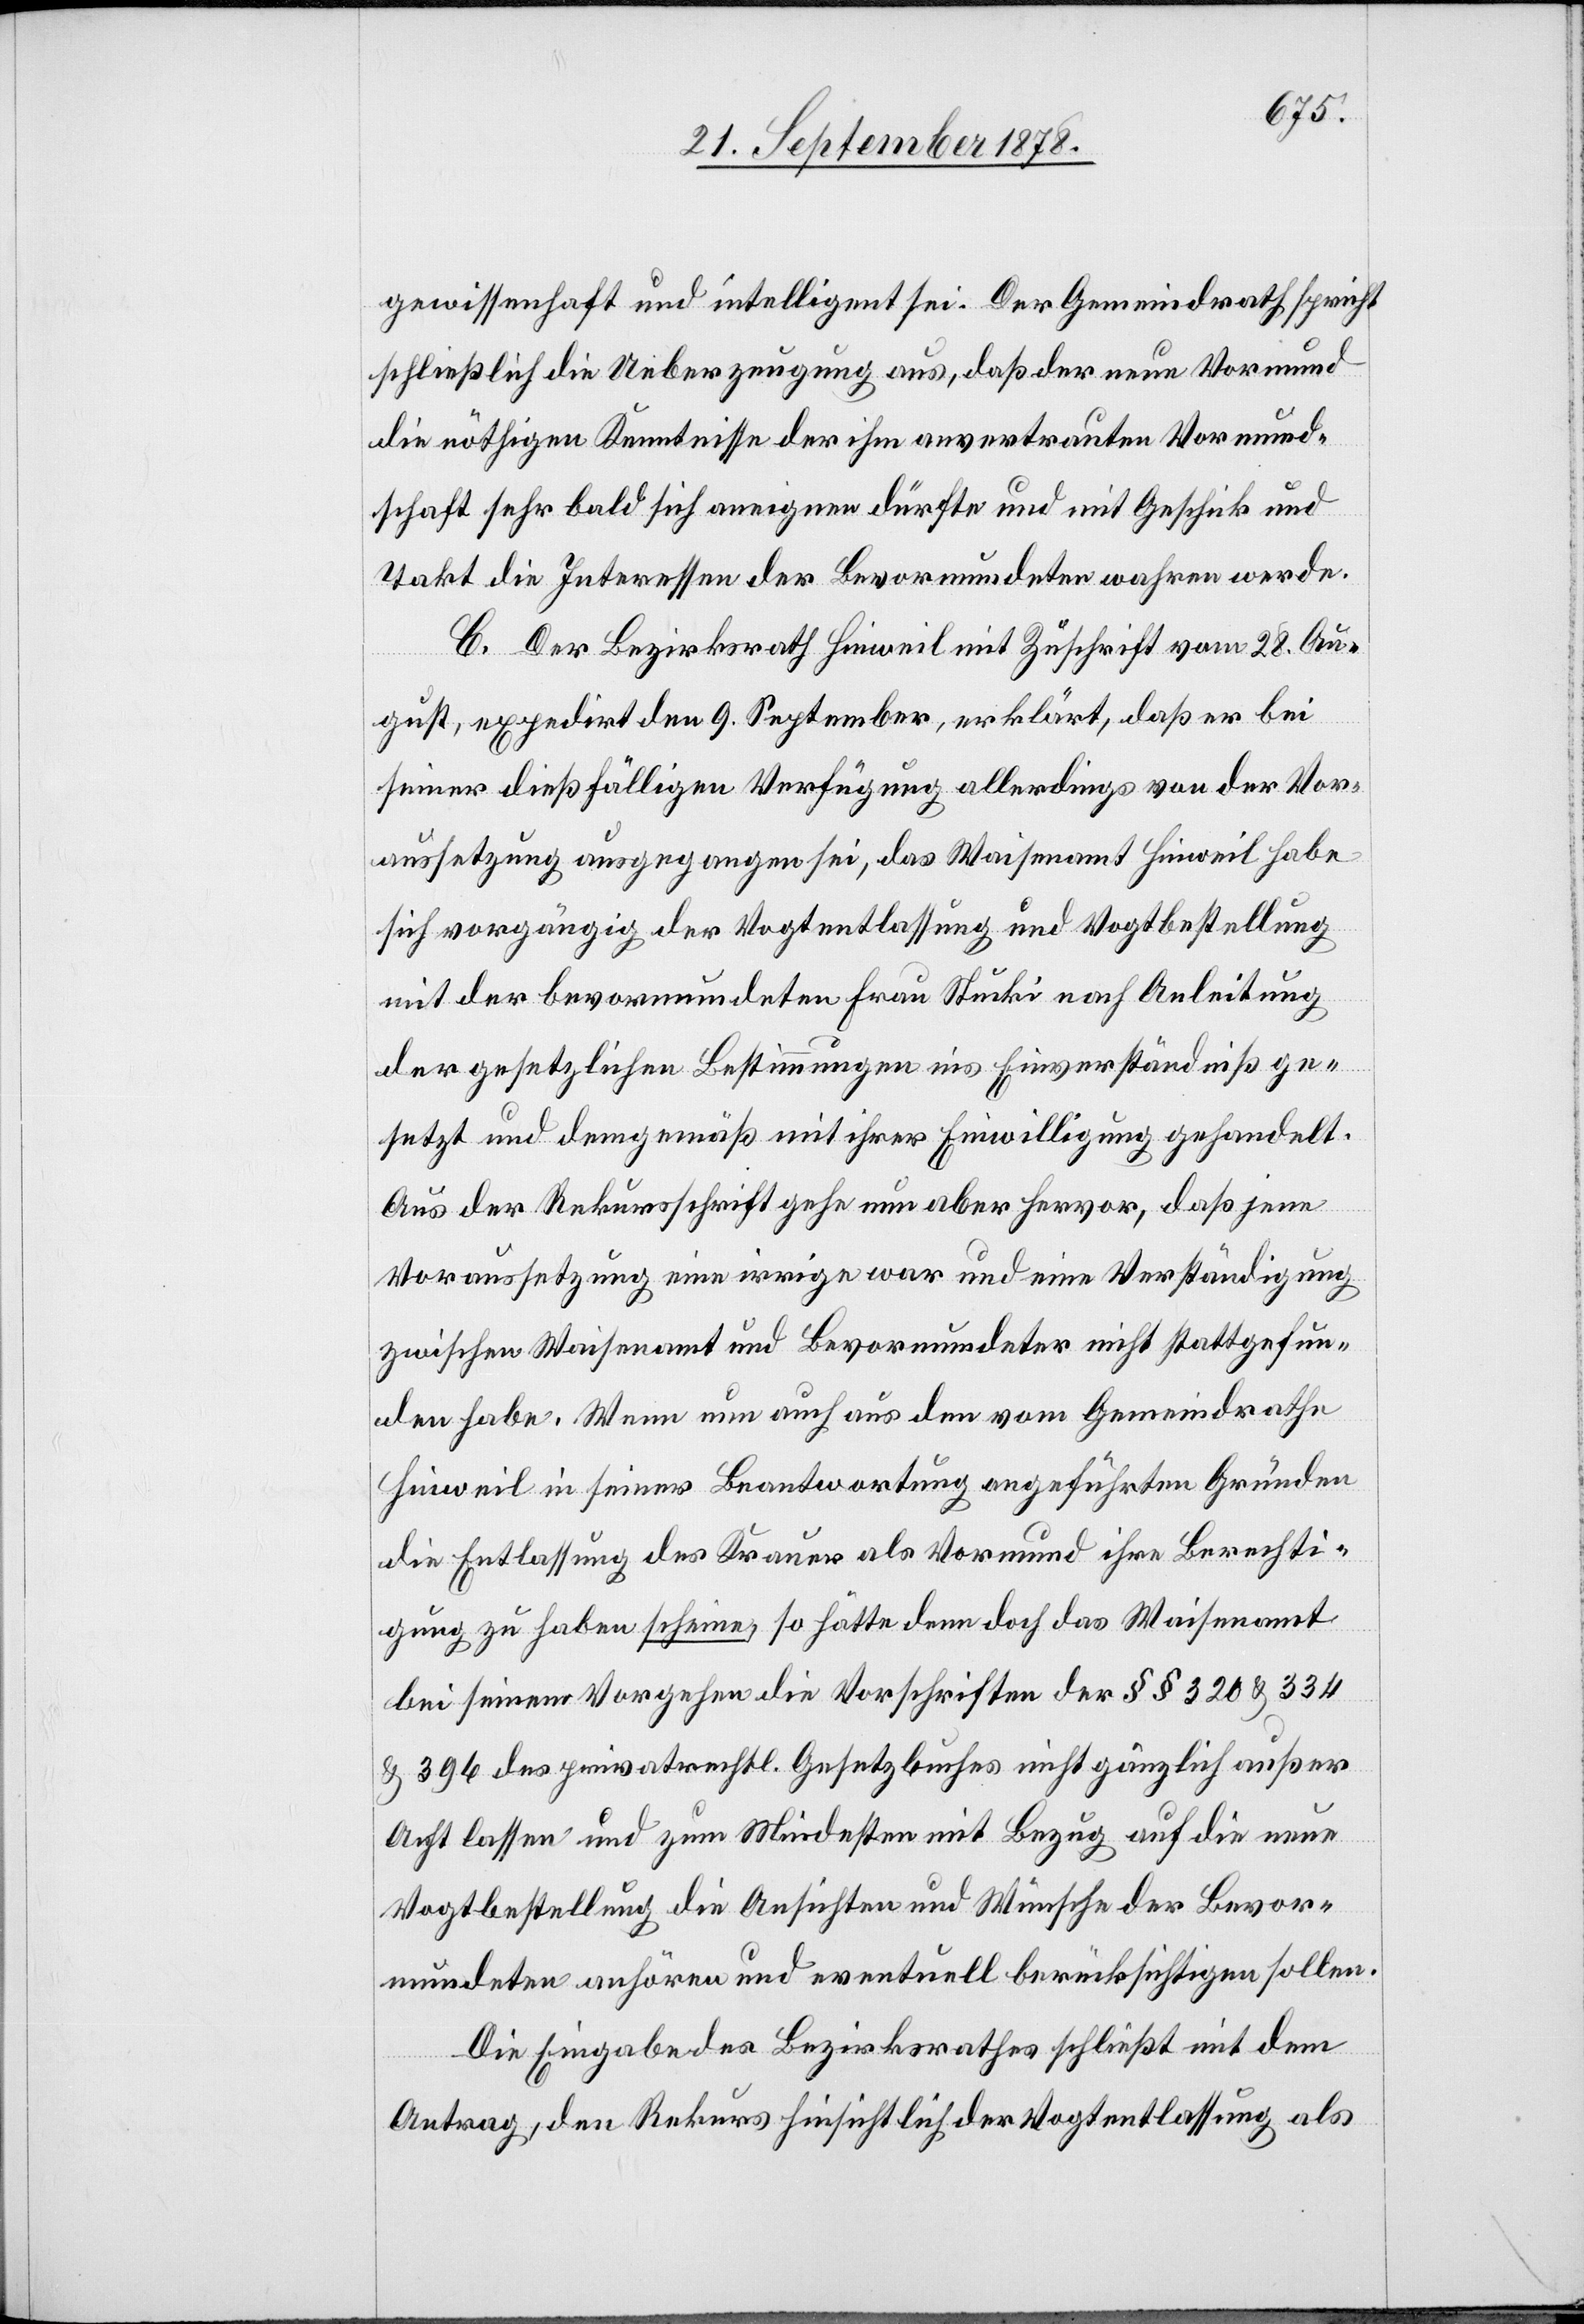
gewissenhaft und intelligent sei. Der Gemeindrath spricht
schließlich die Ueberzeugung aus, daß der neue Vormund
die nöthigen Kenntnisse der ihm anvertrauten Vormund¬
schaft sehr bald sich aneignen dürfte und mit Geschick und
Takt die Interessen der Bevormundeten wahren werde.
C. Der Bezirksrath Hinweil mit Zuschrift vom 28. Au¬
gust, expedirt den 9. September, erklärt, daß er bei
seiner dießfälligen Verfügung allerdings von der Vor¬
aussetzung ausgegangen sei, das Waisenamt Hinweil habe
sich vorgängig der Vogtentlassung und Vogtbestellung
mit der bevormundeten Frau Stucki nach Anleitung
der gesetzlichen Bestimmungen ins Einverständniß ge¬
setzt und demgemäß mit ihrer Einwilligung gehandelt.
Aus der Rekursschrift gehe nun aber hervor, daß jene
Voraussetzung eine irrige war und eine Verständigung
zwischen Waisenamt und Bevormundeter nicht stattgefun¬
den habe. Wenn nun auch aus den vom Gemeindrathe
Hinweil in seiner Beantwortung angeführten Gründen
die Entlassung des Krauer als Vormund ihre Berechti¬
gung zu haben scheinen, so hätte denn doch das Waisenamt
bei seinem Vorgehen die Vorschriften der §§ 320 & 334
& 396 des privatrechtl. Gesetzzbuches nicht gänzlich außer
Acht lassen und zum Mindesten mit Bezug auf die neue
Vogtbestellung die Ansichten und Wünsche der Bevor¬
mundeten anhören und eventuell berücksichtigen sollen.
Die Eingabe des Bezirksrathes schließt mit dem
Antrag, den Rekurs hinsichtlich der Vogtentlassung als